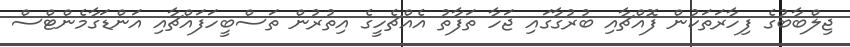
ޖިލްބާބުގެ ފިހާރަތަކުން ފޮއްޗާއި ބުރުގާގައި ޖަހާ ތަފާތު އެއްޗެހީގެ އިތުރުން ތަސްބީހަފައްޗާއި އަންޑަގާމެންޓްސް